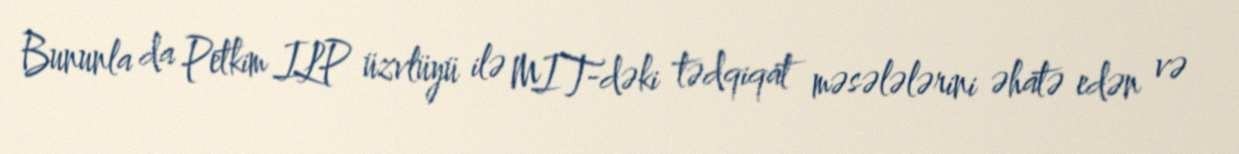
Bununla da Petkim ILP üzvlüyü ilə MIT-dəki tədqiqat məsələlərini əhatə edən və